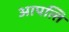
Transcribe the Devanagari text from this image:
आपत्‍ति